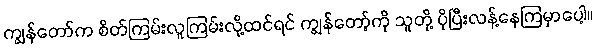
ကျွန်တော်က စိတ်ကြမ်းလူကြမ်းလို့ထင်ရင် ကျွန်တော့်ကို သူတို့ ပိုပြီးလန့်နေကြမှာပေါ့။